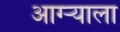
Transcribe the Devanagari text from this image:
आग्र्‍याला